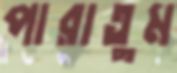
পারাতুম